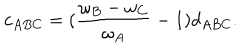
LaTeX: c _ { A B C } = ( \frac { \omega _ { B } - \omega _ { C } } { \omega _ { A } } - 1 ) d _ { A B C } .